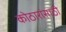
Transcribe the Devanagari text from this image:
कोठारांसाठी